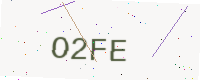
Text: O2FE